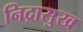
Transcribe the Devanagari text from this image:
निद्रासुख